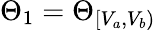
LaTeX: \Theta_{1}=\Theta_{[V_{a},V_{b})}